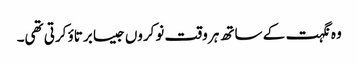
وہ نگہت کے ساتھ ہر وقت نوکروں جیسا برتاؤ کرتی تھی۔